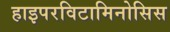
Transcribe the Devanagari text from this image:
हाइपरविटामिनोसिस